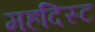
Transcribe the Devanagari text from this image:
महदिस्ट